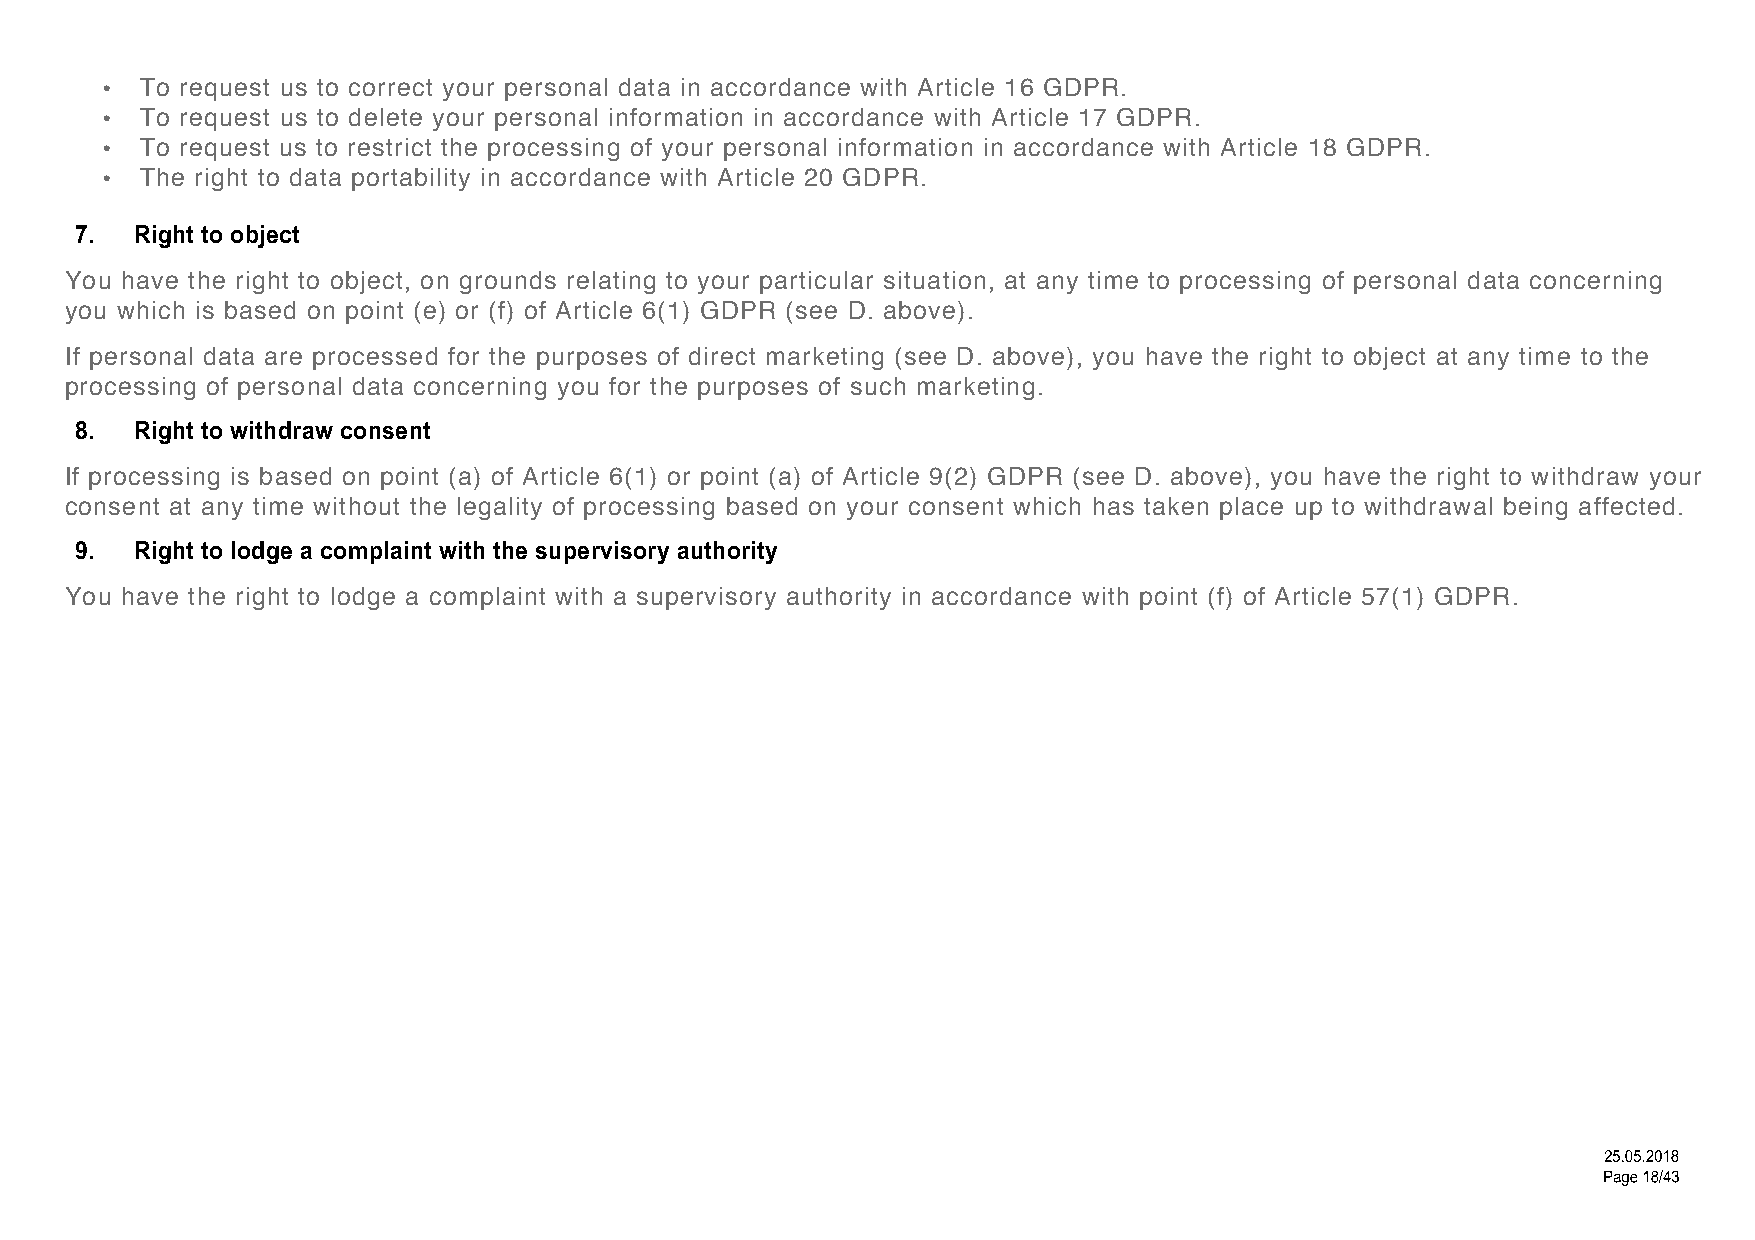
• To request us to correct your personal data in accordance with Article 16 GDPR.
 • To request us to delete your personal information in accordance with Article 17 GDPR.
 • To request us to restrict the processing of your personal information in accordance with Article 18 GDPR.
 • The right to data portability in accordance with Article 20 GDPR.
 7.  Right to object
 You have the right to object, on grounds relating to your particular situation, at any time to processing of personal data concerning
 you which is based on point (e) or (f) of Article 6(1) GDPR (see D. above).
 If personal data are processed for the purposes of direct marketing (see D. above), you have the right to object at any time to the
 processing of personal data concerning you for the purposes of such marketing.
 8.  Right to withdraw consent
 If processing is based on point (a) of Article 6(1) or point (a) of Article 9(2) GDPR (see D. above), you have the right to withdraw your
 consent at any time without the legality of processing based on your consent which has taken place up to withdrawal being affected.
 9.  Right to lodge a complaint with the supervisory authority
 You have the right to lodge a complaint with a supervisory authority in accordance with point (f) of Article 57(1) GDPR.